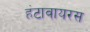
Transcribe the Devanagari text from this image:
हंटावायरस